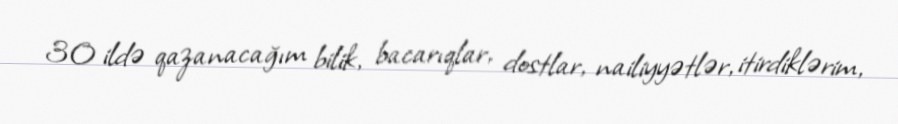
30 ildə qazanacağım bilik, bacarıqlar, dostlar, nailiyyətlər, itirdiklərim,